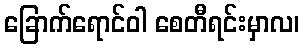
ခြောက်ရောင်ဝါ စေတီရင်းမှာလ၊